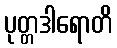
ပုတ္တဒါရောတိ